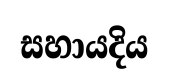
සහායදිය